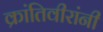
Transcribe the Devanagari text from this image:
क्रांतिवीरांनी